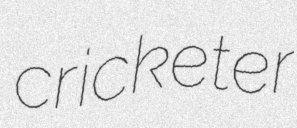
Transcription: cricketer